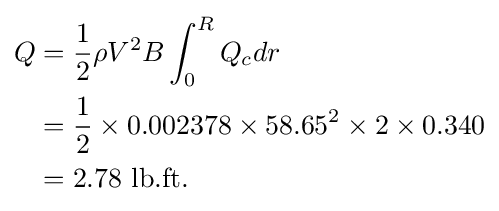
{\begin{aligned}Q&={\frac {1}{2}}\rho V^{2}B\int _{0}^{R}Q_{c}dr\\&={\frac {1}{2}}\times 0.002378\times 58.65^{2}\times 2\times 0.340\\&=2.78\ \mathrm {lb.ft.} \end{aligned}}